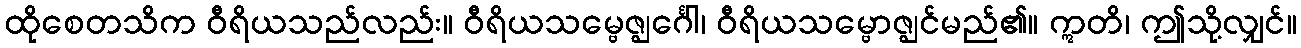
ထိုစေတသိက ဝီရိယသည်လည်း။ ဝီရိယသမ္ဗေဇ္ဈင်္ဂေါ၊ ဝီရိယသမ္ဗောဇ္ဈင်မည်၏။ ဣတိ၊ ဤသို့လျှင်။